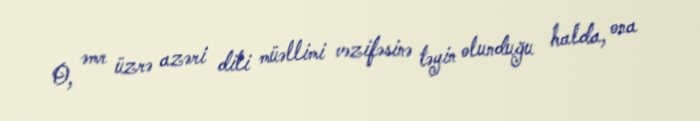
O, əmr üzrə azəri dili müəllimi vəzifəsinə təyin olunduğu halda, ona